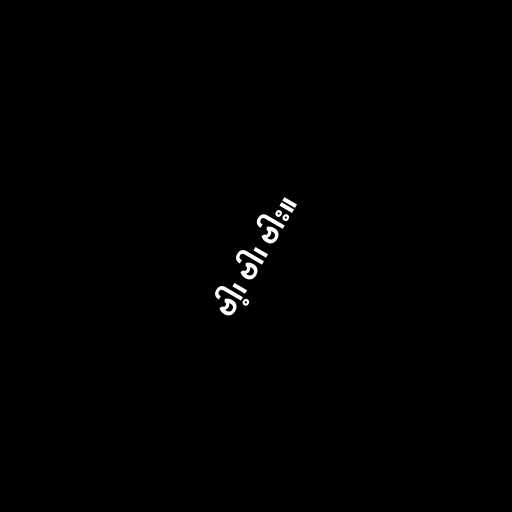
ဗါ့၊ ဗါ၊ ဗါး။